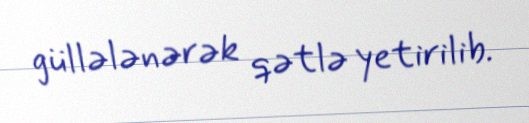
güllələnərək qətlə yetirilib.